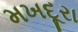
મખદૂરા